Vaccination in Bombay 1889-1901 - 1889-1901
Year: 1889
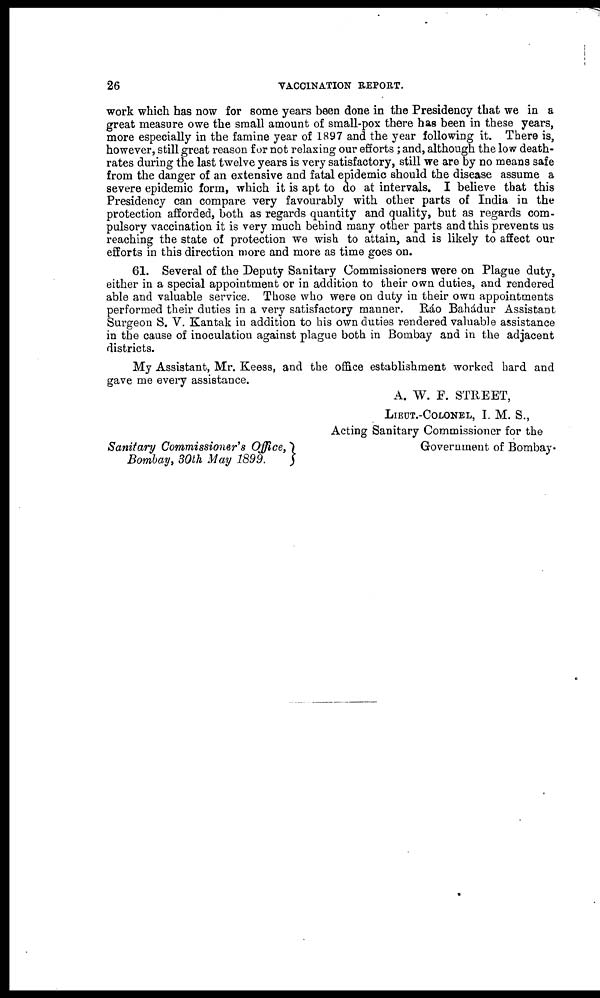
26
VACCINATION REPORT.
work which has now for some years been done in the Presidency that we in a
great measure owe the small amount of small-pox there has been in these years,
more especially in the famine year of 1897 and the year following it. There is,
however, still great reason for not relaxing our efforts ; and, although the low death-
rates during the last twelve years is very satisfactory, still we are by no means safe
from the danger of an extensive and fatal epidemic should the disease assume a
severe epidemic form, which it is apt to do at intervals. I believe that this
Presidency can compare very favourably with other parts of India in the
protection afforded, both as regards quantity and quality, but as regards com-
pulsory vaccination it is very much behind many other parts and this prevents us
reaching the state of protection we wish to attain, and is likely to affect our
efforts in this direction more and more as time goes on.
61. Several of the Deputy Sanitary Commissioners were on Plague duty,
either in a special appointment or in addition to their own duties, and rendered
able and valuable service. Those who were on duty in their own appointments
performed their duties in a very satisfactory manner. Ráo Bahádur Assistant
Surgeon S. V. Kantak in addition to his own duties rendered valuable assistance
in the cause of inoculation against plague both in Bombay and in the adjacent
districts.
My Assistant, Mr. Keess, and the office establishment worked hard and
gave me every assistance.
A. W. F. STREET,
LIEUT.-COLONEL, I. M. S.,
Acting Sanitary Commissioner for the
Government of Bombay.
Sanitary Commissioner's Office,
Bombay, 30th May 1899.